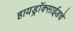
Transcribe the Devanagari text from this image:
हायड्राॅक्साईडचे